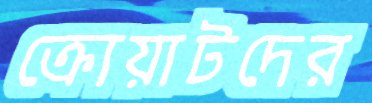
ক্রোয়াটদের